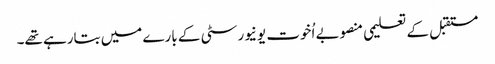
مستقبل کے تعلیمی منصوبے اُخوت یونیورسٹی کے بارے میں بتارہے تھے۔